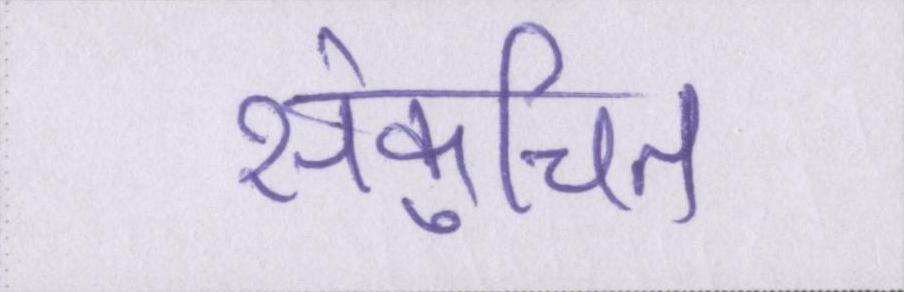
संकुचित